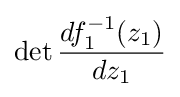
\det {\frac {df_{1}^{-1}(z_{1})}{dz_{1}}}